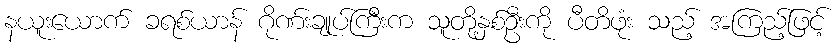
နယူးယောက် ခရစ်ယာန် ဂိုဏ်းချုပ်ကြီးက သူတို့နှစ်ဦးကို ပီတိဖုံး သည့် အကြည့်ဖြင့်